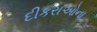
દીકરાઓના